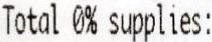
TOTAL 0% SUPPLIES: